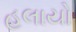
હલાયો